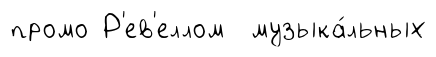
промо Р'ев'еллом музыка́льных